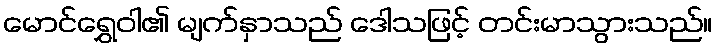
မောင်ရွှေဝါ၏ မျက်နှာသည် ဒေါသဖြင့် တင်းမာသွားသည်။